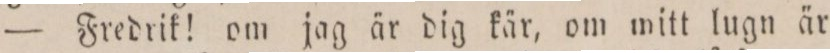
— Fredrik! om jag är dig kär, om mitt lugn är